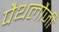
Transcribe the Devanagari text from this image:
पैथलौजी